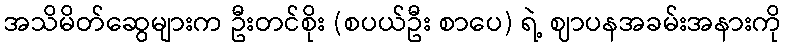
အသိမိတ်ဆွေများက ဦးတင်စိုး (စပယ်ဦး စာပေ) ရဲ့ ဈာပနအခမ်းအနားကို